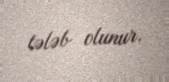
tələb olunur.